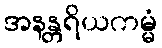
အနန္တရိယကမ္မံ